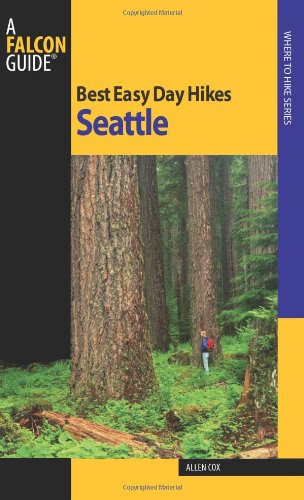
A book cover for Best Easy Day Hikes Seattle (Best Easy Day Hikes Series); Allen Cox; Health, Fitness & Dieting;